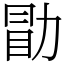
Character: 勖